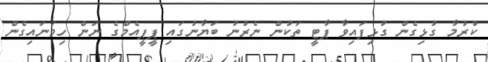
ކުރުމާ ގުޅިގެން ގުޅިފައިވާ ޕާޓީ ތަކުން ނެރުނު ބަޔާނުގައި ޕީޕީއެމްގެ ނަން ހިމަނައިގެން